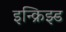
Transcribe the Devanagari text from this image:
इन्क्रिझ्ड